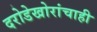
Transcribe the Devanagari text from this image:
दरोडेखोरांचाही